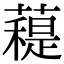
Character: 𧀖